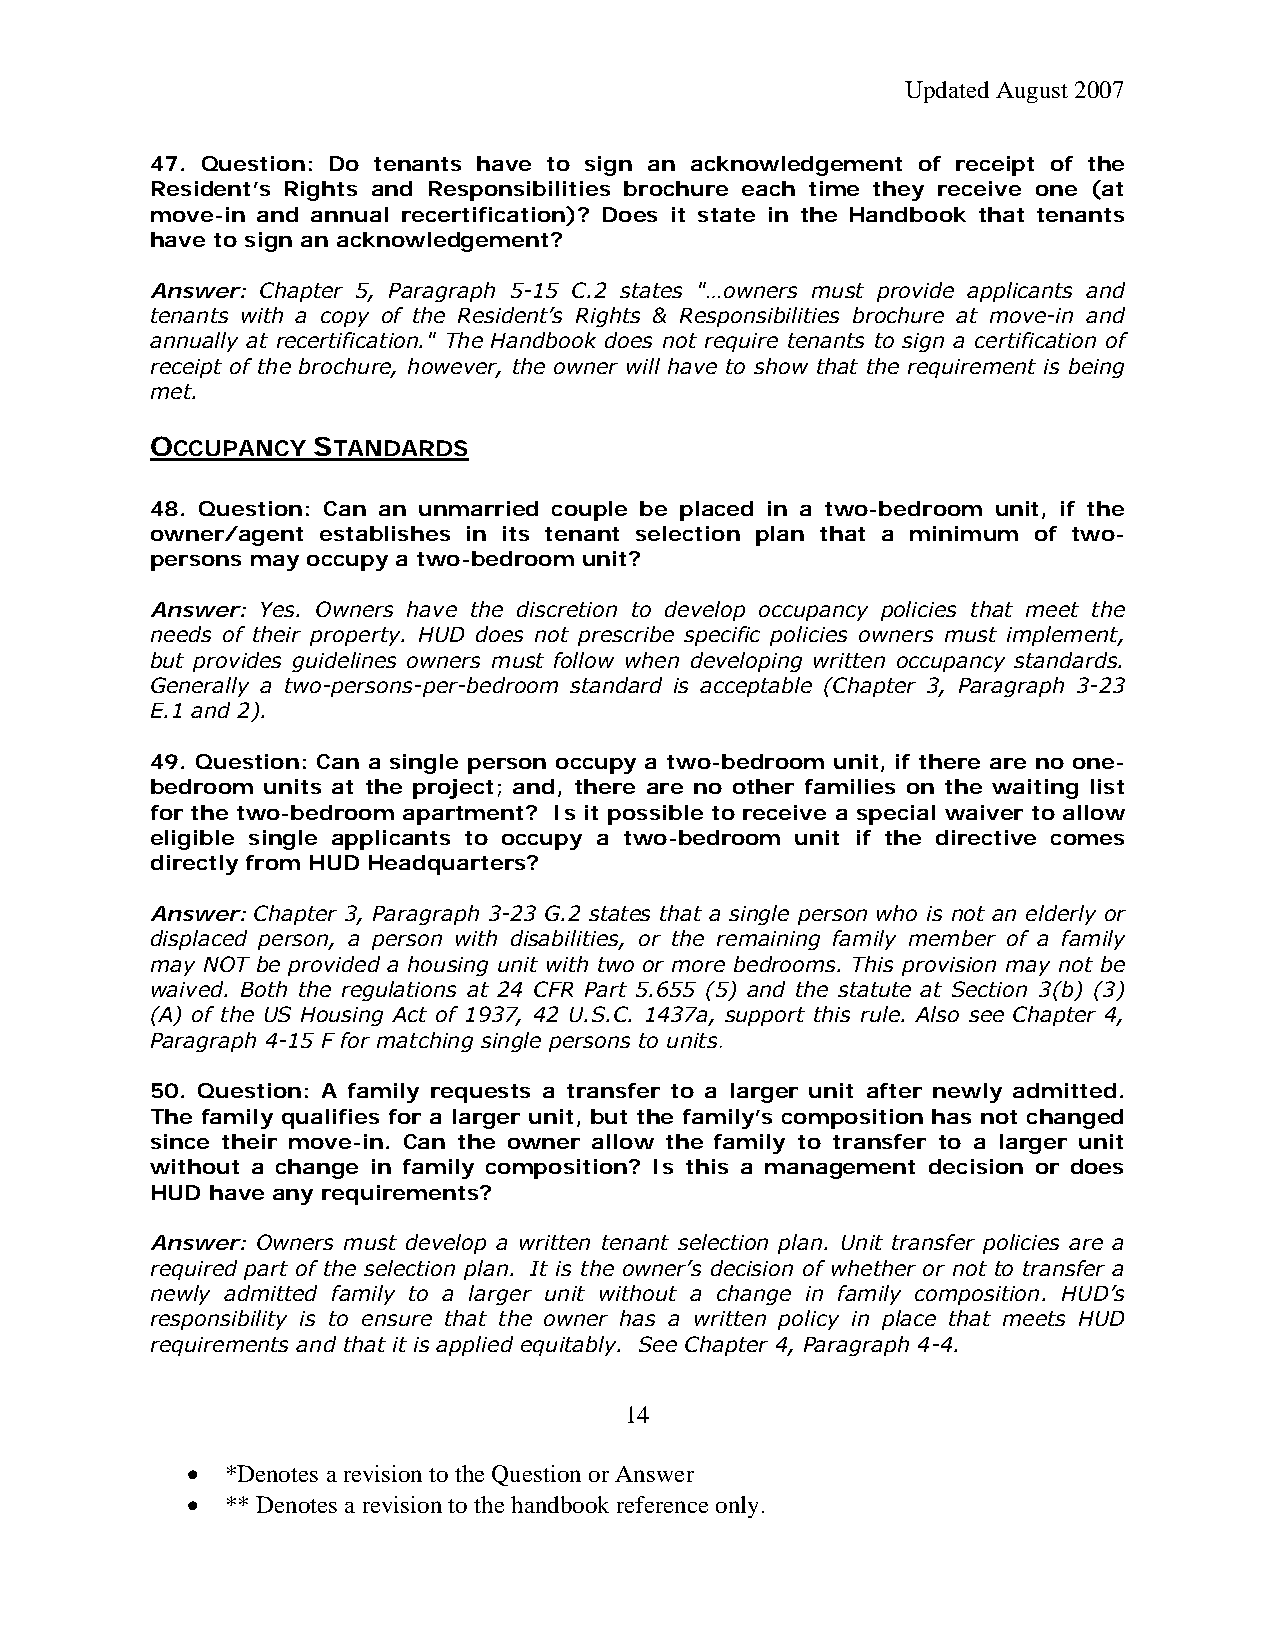
Updated August 2007
 47. Question: Do tenants have to sign an acknowledgement of receipt of the
 Resident’s Rights and Responsibilities brochure each time they receive one (at
 move-in and annual recertification)? Does it state in the Handbook that tenants
 have to sign an acknowledgement?
 Answer: Chapter 5, Paragraph 5-15 C.2 states "…owners must provide applicants and
 tenants with a copy of the Resident’s Rights & Responsibilities brochure at move-in and
 annually at recertification." The Handbook does not require tenants to sign a certification of
 receipt of the brochure, however, the owner will have to show that the requirement is being
 met.
 OCCUPANCY  STANDARDS
 48. Question: Can an unmarried couple be placed in a two-bedroom unit, if the
 owner/agent establishes in its tenant selection plan that a minimum of two-
 persons may occupy a two-bedroom unit?
 Answer: Yes. Owners have the discretion to develop occupancy policies that meet the
 needs of their property. HUD does not prescribe specific policies owners must implement,
 but provides guidelines owners must follow when developing written occupancy standards.
 Generally a two-persons-per-bedroom standard is acceptable (Chapter 3, Paragraph 3-23
 E.1 and 2).
 49. Question: Can a single person occupy a two-bedroom unit, if there are no one-
 bedroom units at the project; and, there are no other families on the waiting list
 for the two-bedroom apartment? Is it possible to receive a special waiver to allow
 eligible single applicants to occupy a two-bedroom unit if the directive comes
 directly from HUD Headquarters?
 Answer: Chapter 3, Paragraph 3-23 G.2 states that a single person who is not an elderly or
 displaced person, a person with disabilities, or the remaining family member of a family
 may NOT be provided a housing unit with two or more bedrooms. This provision may not be
 waived. Both the regulations at 24 CFR Part 5.655 (5) and the statute at Section 3(b) (3)
 (A) of the US Housing Act of 1937, 42 U.S.C. 1437a, support this rule. Also see Chapter 4,
 Paragraph 4-15 F for matching single persons to units.
 50. Question: A family requests a transfer to a larger unit after newly admitted.
 The family qualifies for a larger unit, but the family’s composition has not changed
 since their move-in. Can the owner allow the family to transfer to a larger unit
 without a change in family composition? Is this a management decision or does
 HUD have any requirements?
 Answer: Owners must develop a written tenant selection plan. Unit transfer policies are a
 required part of the selection plan. It is the owner’s decision of whether or not to transfer a
 newly admitted family to a larger unit without a change in family composition. HUD’s
 responsibility is to ensure that the owner has a written policy in place that meets HUD
 requirements and that it is applied equitably. See Chapter 4, Paragraph 4-4.
 14
 •  *Denotes a revision to the Question or Answer
 •  ** Denotes a revision to the handbook reference only.